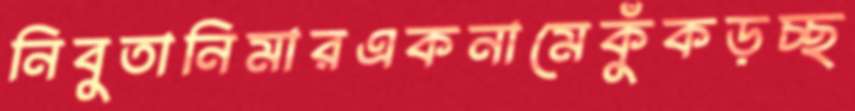
নিবুতানিমারএকনামেকুঁকড়চ্ছ